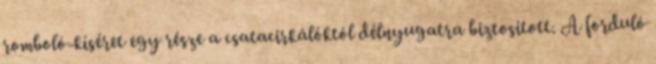
romboló-kíséret egy része a csatacirkálóktól délnyugatra biztosított. A forduló